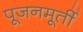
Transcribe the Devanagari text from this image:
पूजनमूर्ती